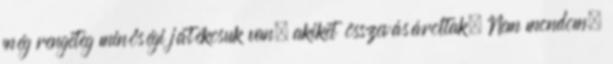
még rengeteg minőségi játékosuk van, akiket összevásároltak. Nem mondom,